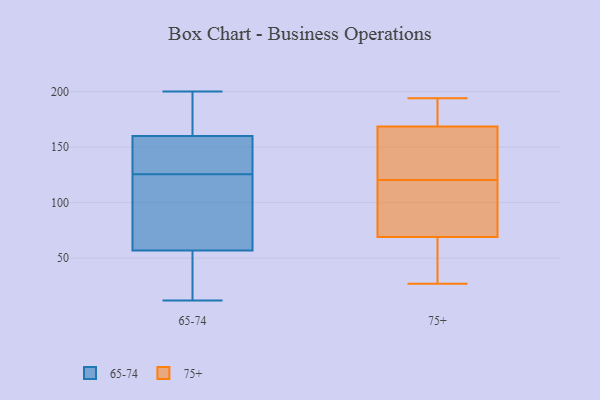
{"axis": {"x": "Humidity (%)", "y": "Value"}, "legend": ["65-74", "75+"], "data": [{"x": "", "y": 70, "type": "65-74"}, {"x": "", "y": 130, "type": "65-74"}, {"x": "", "y": 12, "type": "65-74"}, {"x": "", "y": 136, "type": "65-74"}, {"x": "", "y": 138, "type": "65-74"}, {"x": "", "y": 179, "type": "65-74"}, {"x": "", "y": 57, "type": "65-74"}, {"x": "", "y": 20, "type": "65-74"}, {"x": "", "y": 160, "type": "65-74"}, {"x": "", "y": 121, "type": "65-74"}, {"x": "", "y": 200, "type": "65-74"}, {"x": "", "y": 108, "type": "65-74"}, {"x": "", "y": 196, "type": "65-74"}, {"x": "", "y": 18, "type": "65-74"}, {"x": "", "y": 166, "type": "75+"}, {"x": "", "y": 171, "type": "75+"}, {"x": "", "y": 27, "type": "75+"}, {"x": "", "y": 155, "type": "75+"}, {"x": "", "y": 98, "type": "75+"}, {"x": "", "y": 29, "type": "75+"}, {"x": "", "y": 133, "type": "75+"}, {"x": "", "y": 56, "type": "75+"}, {"x": "", "y": 108, "type": "75+"}, {"x": "", "y": 86, "type": "75+"}, {"x": "", "y": 194, "type": "75+"}, {"x": "", "y": 176, "type": "75+"}, {"x": "", "y": 82, "type": "75+"}, {"x": "", "y": 50, "type": "75+"}, {"x": "", "y": 147, "type": "75+"}, {"x": "", "y": 189, "type": "75+"}]}